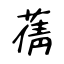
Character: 蒨